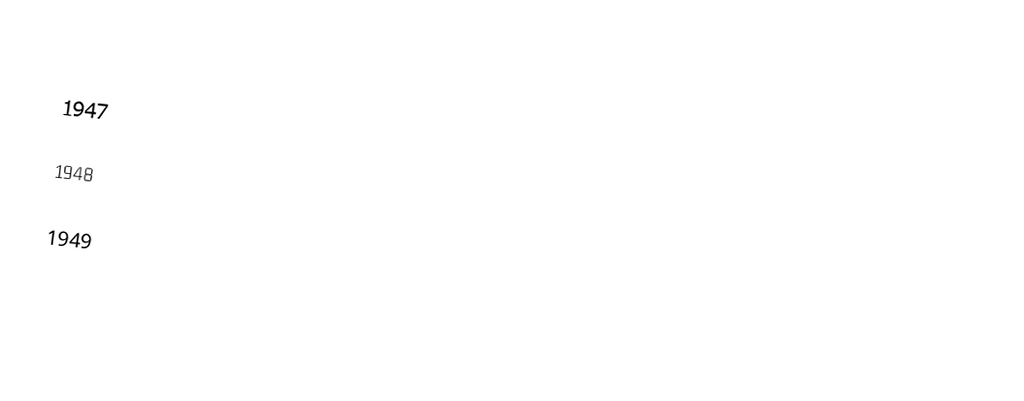

1947

1948

1949